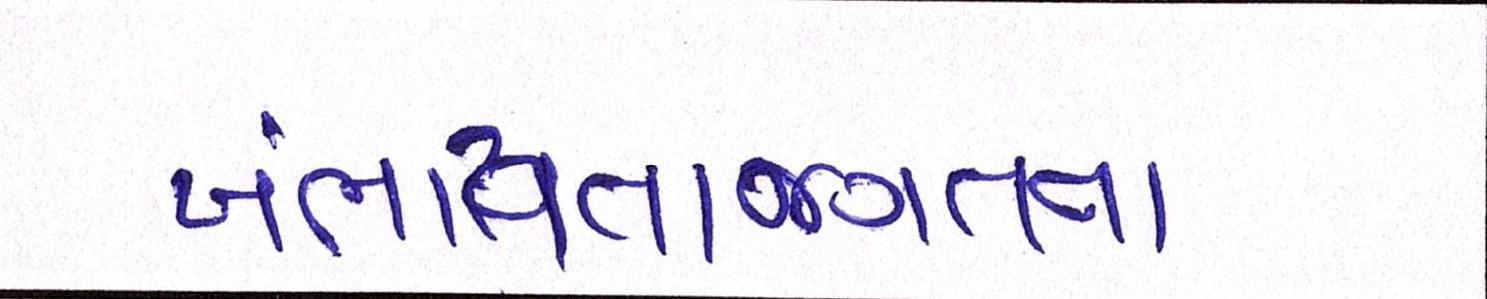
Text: ખંભાયતાજગતના